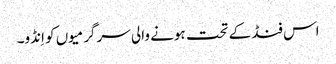
اس فنڈ کے تحت ہونے والی سرگرمیوں کو اِنڈو۔